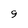
Character: 9